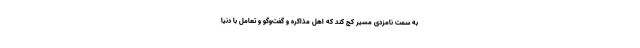
به سمت نامزدی مسیر کج کند که اهل مذاکره و گفت‌وگو و تعامل با دنیا